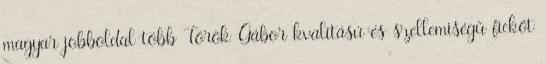
magyar jobboldal több Török Gábor kvalitású és szellemiségű fickót